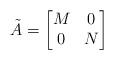
LaTeX: \begin{align*}\tilde A=\begin{bmatrix}M&0\\0&N\end{bmatrix}\end{align*}